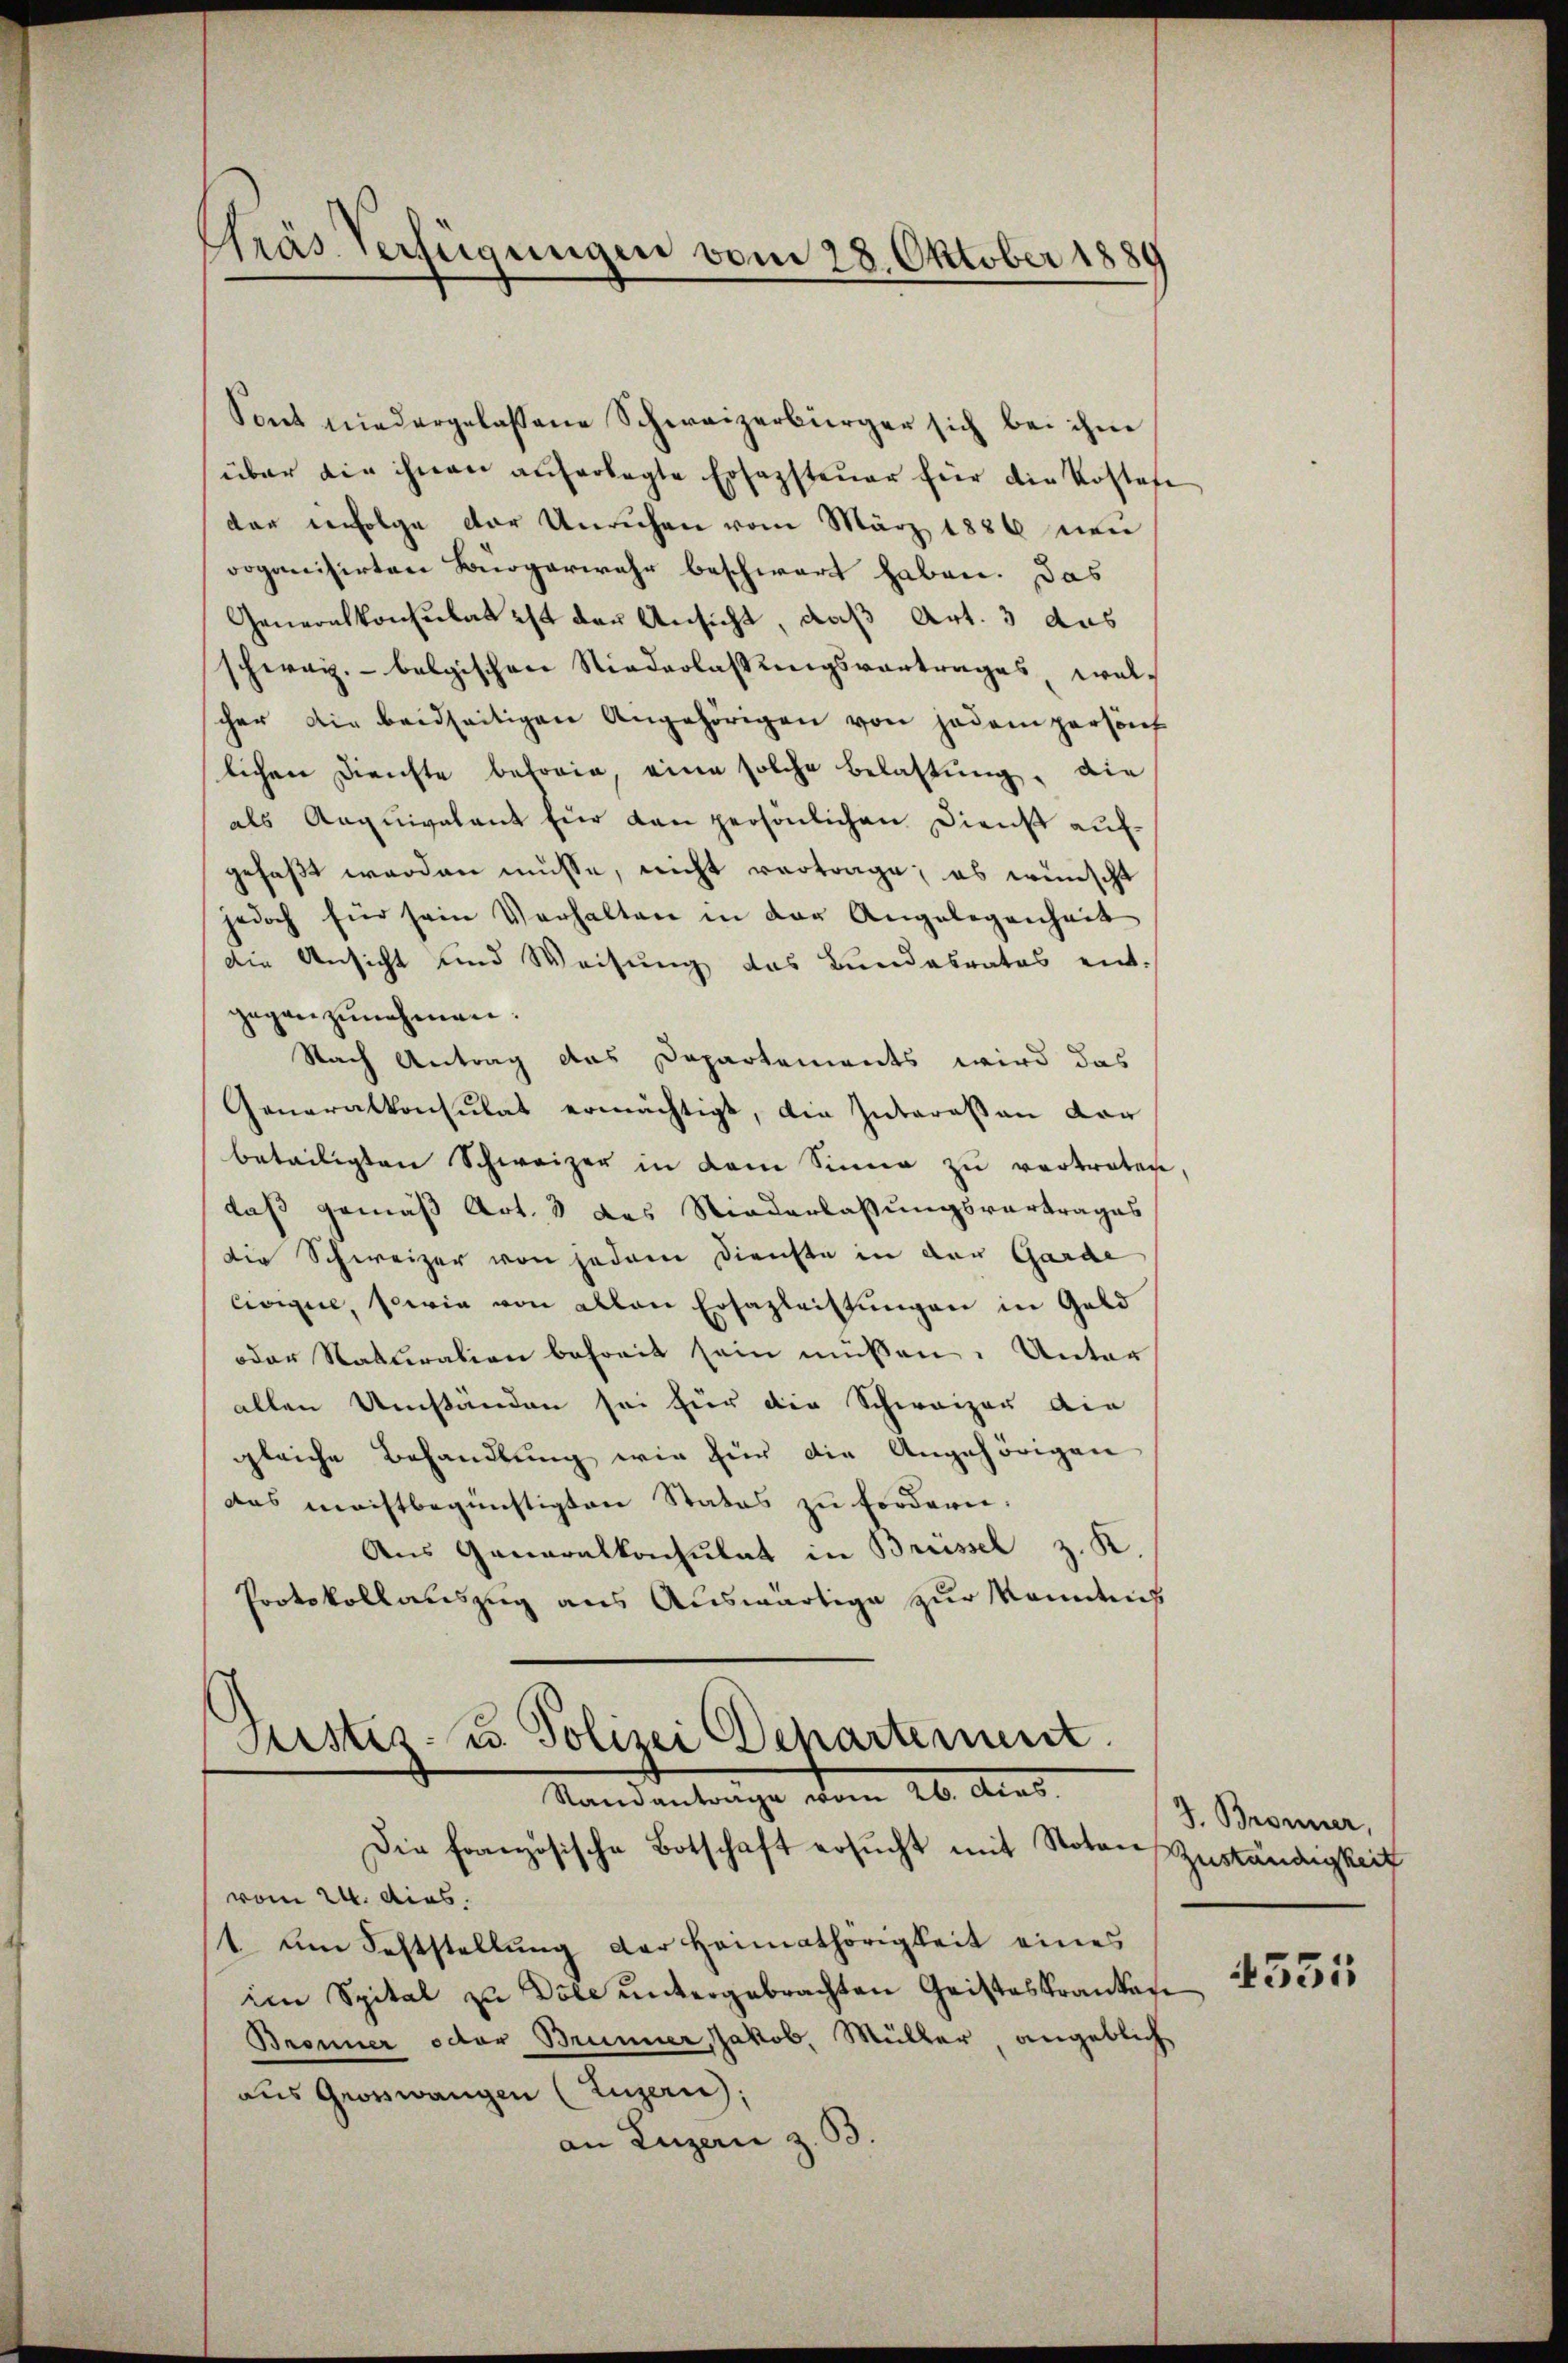
Gras Verfügungen vom 28. Oktober 1889

Sont niedergelassene Schweizerbürger sich bei ihm
über die ihnen auferlegte Erfassteuer für die Kostafe
dar infolge der Unrichen vom März 1886 nen
roganisirten Bürgerwehr beschwart haben. Das
Generalkonsulat ist der Ansicht, daß Art. 3 das
schweiz.- belgischen Niederlassungsvortrages welc
scher die beidseitigen Angehörigen von jedem personf
lichen Dienste behörig, eine solche Belastŭng, die
als Aeqŭigalant für dan persönlichen Dienst aufgefaßt worden müsse, nicht vertrage; es wünscht
jedoch für sein Verhalten in der Angelegenheit
die Ansicht und Weisung das Bundesrates ent-
gegenzunehmen.
Nach Antrag das Departements wird das
Generalkonsulat ermächtigt, die Zutarasen dor
beteiligten Schweizer in dem Sinne zŭ vertreten
daß gemäß Art. 8 des Niederlassungsvertrages
die Schweizer von jedem Dienste in der Garde
Cvigue, sowie von allen Ersazleistungen in Geld
oder Naturation befreit sein müssen. Unter
allen Umständen sei für die Schweizer die
gleiche Behandlung wir für die Angehörigen
das machtbegünstigten States zu fordern.
Aus Generalkonsulat in Brüssel z. K.
Protokollauszug aus Auswärtige zur Kenntnis

Justiz- u. Polizei Departement
Standanträge vom 26. Acad.
Die Französische Botschaft ersucht mit Noten Zuständigkeit

vom 24. dies
1 am Seltstellŭng der Heimathörigkeit eines
im Spital zu Dole untergebrachten Geisteskranken
Bronner octor Brunner, Jakob Müller angeblich
aus Grosswangen (Luzern;
an Luzern z. B.

J. Bronner,

4531